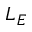
L _ { E }